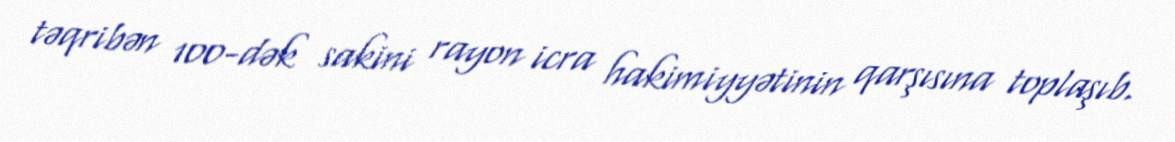
təqribən 100-dək sakini rayon icra hakimiyyətinin qarşısına toplaşıb.